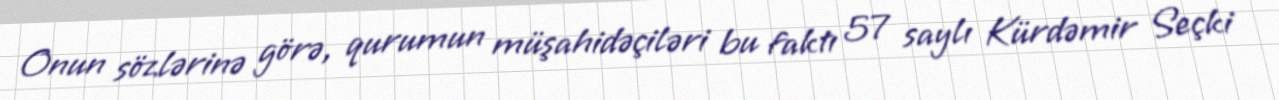
Onun sözlərinə görə, qurumun müşahidəçiləri bu faktı 57 saylı Kürdəmir Seçki